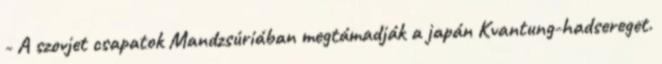
- A szovjet csapatok Mandzsúriában megtámadják a japán Kvantung-hadsereget.